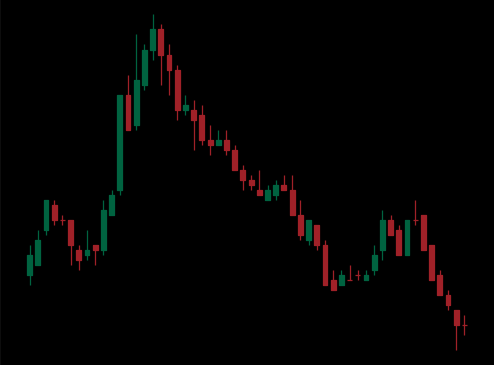
Pattern: head_shoulders